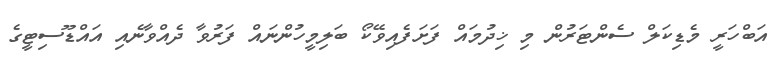
އަބްހަރީ މެޑިކަލް ސެންޓަރުން މި ޚިދުމައް ފަށަފެއިވޭކޯ ބަލިމީހުންނައް ފަރުވާ ދެއްވާނެއި އައްޑޫސިޓީގެ